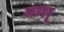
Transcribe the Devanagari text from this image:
करपवू